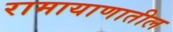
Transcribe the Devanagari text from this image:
रामायाणातील